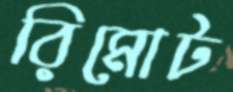
রিমোট